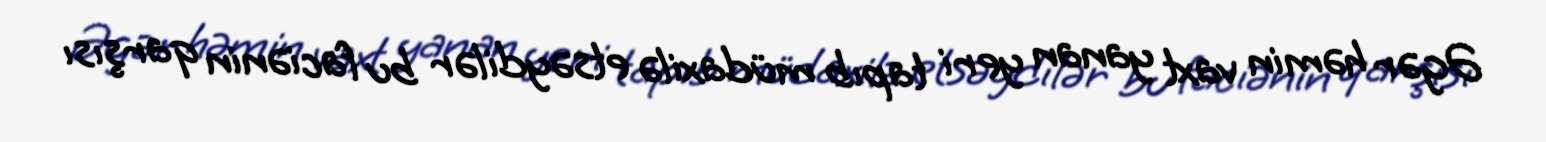
Əgər həmin vaxt yanan yeri tapıb müdaxilə etsəydilər bu faciənin qarşısı